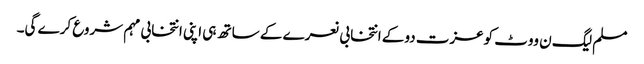
مسلم لیگ ن ووٹ کوعزت دوکے انتخابی نعرے کے ساتھ ہی اپنی انتخابی مہم شروع کرے گی۔